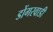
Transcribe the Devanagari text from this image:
डोंगरवाडी